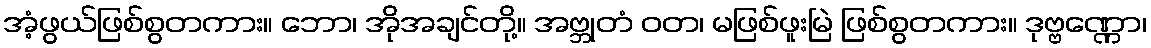
အံ့ဖွယ်ဖြစ်စွတကား။ ဘော၊ အိုအချင်တို့။ အဗ္ဘုတံ ဝတ၊ မဖြစ်ဖူးမြဲ ဖြစ်စွတကား။ ဒုဗ္ဗဏ္ဏော၊